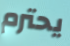
يحترم